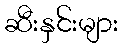
ဆီးနှင်းများ